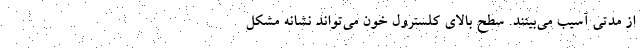
از مدتی آسیب می‌بینند. سطح بالای کلسترول خون می‌تواند نشانه مشکل